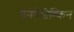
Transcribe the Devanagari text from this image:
पेनेगेपोश्किन